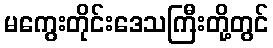
မကွေးတိုင်းဒေသကြီးတို့တွင်